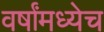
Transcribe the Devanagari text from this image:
वर्षांमध्येच